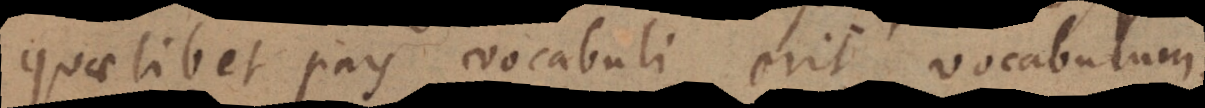
quaelibet pars vocabuli, erit vocabulum.